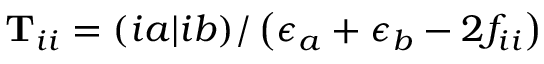
\mathbf { T } _ { i i } = ( i a \rvert i b ) / \left( \epsilon _ { a } + \epsilon _ { b } - 2 f _ { i i } \right)